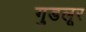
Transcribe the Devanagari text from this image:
गुडलूर